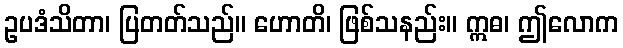
ဥပဒံသိတာ၊ ပြတတ်သည်။ ဟောတိ၊ ဖြစ်သနည်း။ ဣဓ၊ ဤလောက